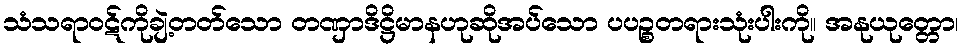
သံသရာဝဋ်ကိုချဲ့တတ်သော တဏှာဒိဋ္ဌိမာနဟုဆိုအပ်သော ပပဉ္စတရားသုံးပါးကို။ အနုယုတ္တော၊